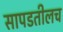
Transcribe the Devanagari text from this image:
सापडतीलच